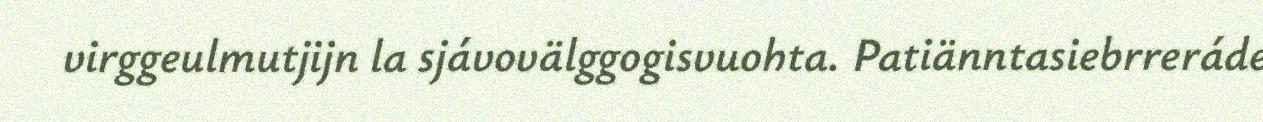
virggeulmutjijn la sjávovälggogisvuohta. Patiänntasiebrreráde